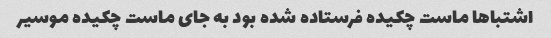
اشتباها ماست چکیده فرستاده شده بود به جای ماست چکیده موسیر